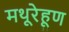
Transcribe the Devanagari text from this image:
मथूरेहूण